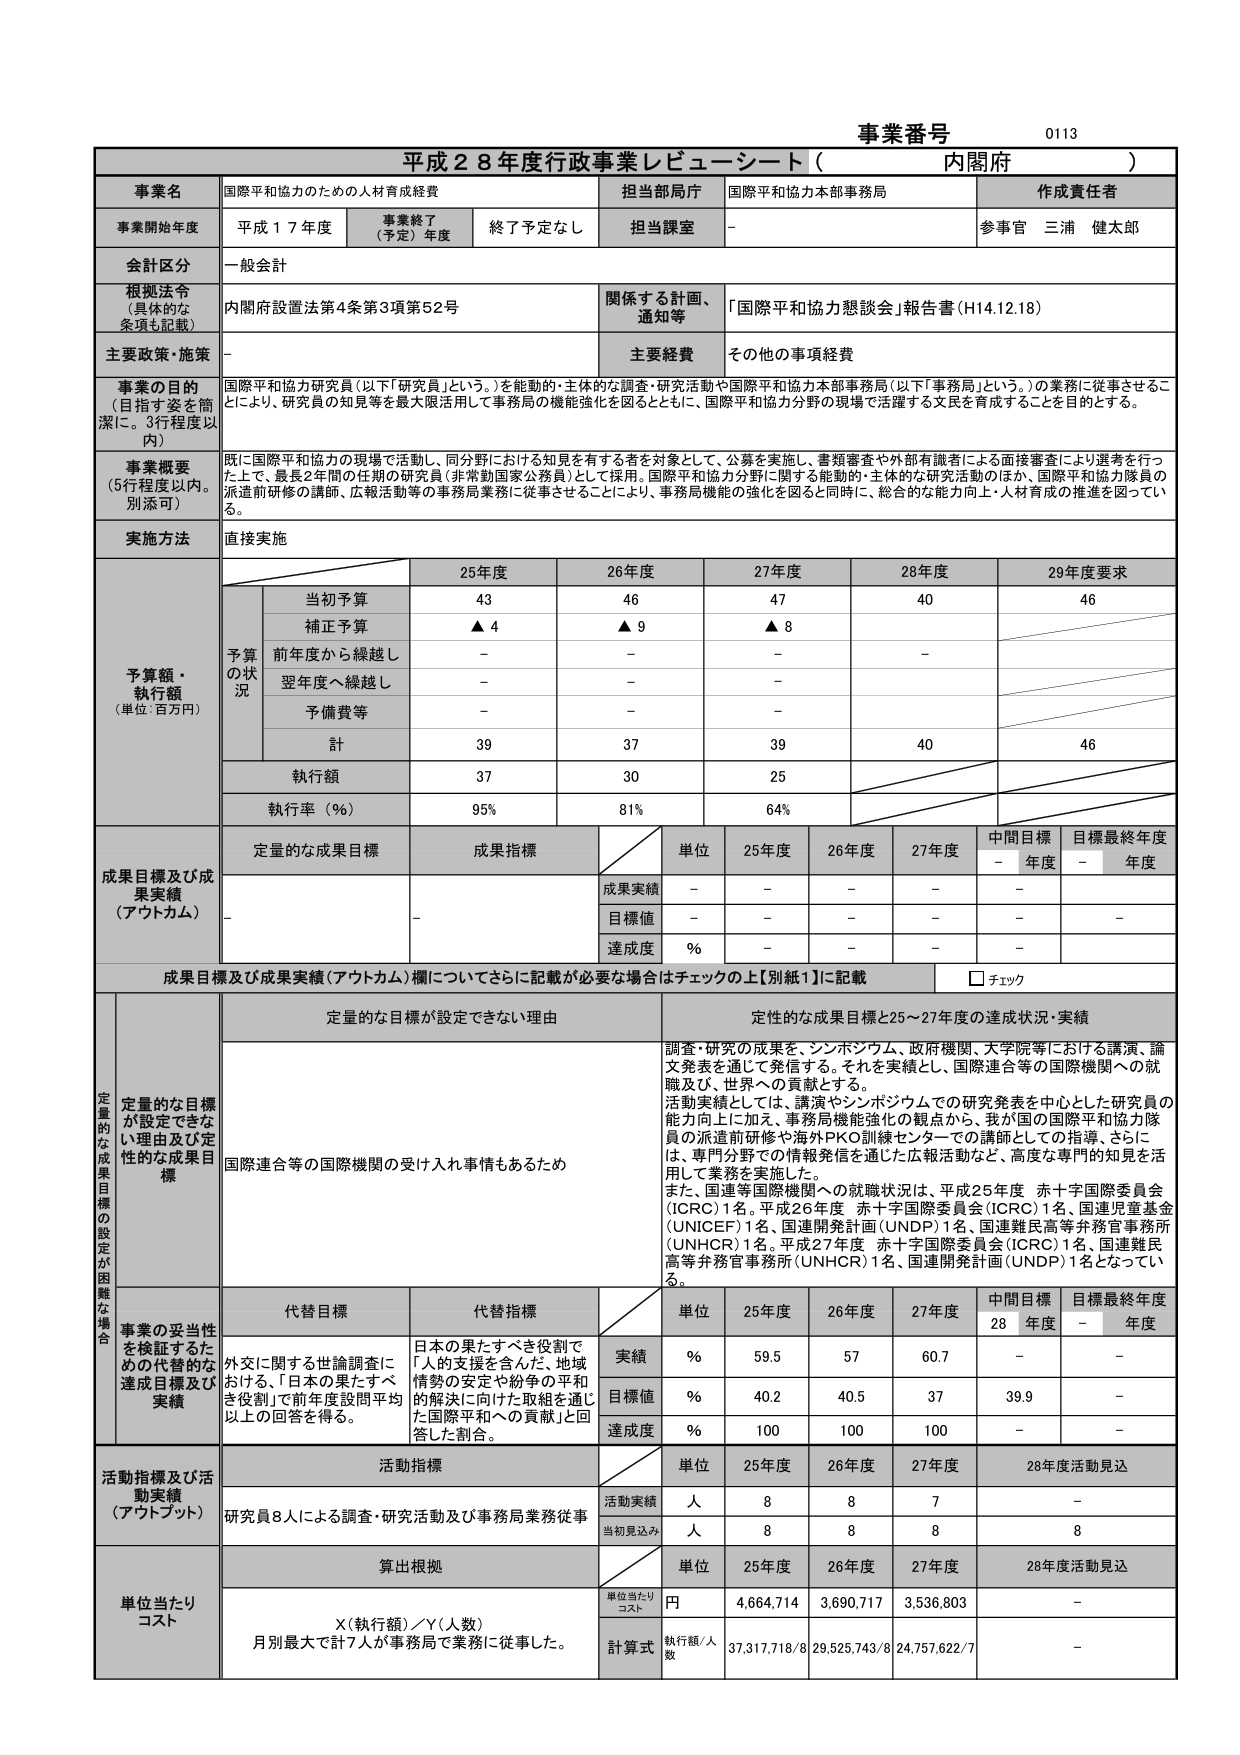
事業番号 0113
平成28年度行政事業レビューシート（内閣府）

事業名 国際平和協力のための人材育成経費
担当部局庁 国際平和協力本部事務局
作成責任者 参事官 三浦 健太郎

事業開始年度 平成17年度
事業終了（予定）年度 終了予定なし
担当課室 －

会計区分 一般会計

根拠法令（具体的な条項も記載） 内閣府設置法第4条第3項第52号
関係する計画、通知等 「国際平和協力懇談会」報告書（H14.12.18）

主要政策・施策 －
主要経費 その他の事項経費

事業の目的（目指す姿を簡潔に。3行程度以内）
国際平和協力研究員（以下「研究員」という。）を能動的・主体的な調査・研究活動や国際平和協力本部事務局（以下「事務局」という。）の業務に従事させることにより、研究員の知見等を最大限活用して事務局の機能強化を図るとともに、国際平和協力分野の現場で活躍する人材を育成することを目的とする。

事業概要（5行程度以内。別添可）
既に国際平和協力の現場で活動し、同分野における知見を有する者を対象として、公募を実施し、書類審査や外部有識者による面接審査により選考を行った上で、最長2年間の任期の研究員（非常勤国家公務員）として採用。国際平和協力分野に関する能動的・主体的な研究活動のほか、国際平和協力隊員の派遣前研修の講師、広報活動等の事務局業務に従事させることにより、事務局機能の強化を図ると同時に、総合的な能力向上・人材育成の推進を図っている。

実施方法 直接実施

予算額・執行額（単位：百万円）
予算の状況
25年度 26年度 27年度 28年度 29年度要求
当初予算 43 46 47 40 46
補正予算 ▲4 ▲9 ▲8
前年度から繰越し － － － －
翌年度へ繰越し － － －
予備費等 － － －
計 39 37 39 40 46
執行額 37 30 25
執行率（％） 95% 81% 64%

成果目標及び成果実績（アウトカム）
定量的な成果目標 成果指標
単位 25年度 26年度 27年度 中間目標 年度 目標最終年度 年度
成果実績 － － － － －
目標値 － － － － －
達成度 ％ － － － －

成果目標及び成果実績（アウトカム）欄についてさらに記載が必要な場合はチェックの上【別紙1】に記載
□ チェック

定量的な目標が設定できない理由
国際連合等の国際機関の受け入れ事情もあるため
定性的な成果目標と25～27年度の達成状況・実績
調査・研究の成果を、シンポジウム、政府機関、大学院等における講演、論文発表を通じて発信する。それを実績とし、国際連合等の国際機関への就職及び、世界への貢献とする。
活動実績としては、講演やシンポジウムでの研究発表を中心とした研究員の能力向上に加え、事務局機能強化の観点から、我が国の国際平和協力隊員の派遣前研修や海外PKO訓練センターでの講師としての指導、さらには、専門分野での情報発信を通じた広報活動など、高度な専門的知見を活用して業務を実施した。
また、国連等国際機関への就職状況は、平成25年度 赤十字国際委員会（ICRC）1名。平成26年度 赤十字国際委員会（ICRC）1名、国連児童基金（UNICEF）1名、国連開発計画（UNDP）1名、国連難民高等弁務官事務所（UNHCR）1名。平成27年度 赤十字国際委員会（ICRC）1名、国連難民高等弁務官事務所（UNHCR）1名、国連開発計画（UNDP）1名となっている。

事業の妥当性を検証するための代替的な達成目標及び実績
代替目標 代替指標
単位 25年度 26年度 27年度 中間目標28年度 目標最終年度 年度
実績 ％ 59.5 57 60.7 － －
目標値 ％ 40.2 40.5 37 39.9 －
達成度 ％ 100 100 100 － －

活動指標及び活動実績（アウトプット）
活動指標
単位 25年度 26年度 27年度 28年度活動見込
活動実績 人 8 8 7 －
当初見込み 人 8 8 8 8

単位当たりコスト
算出根拠
単位当たりコスト 円 4,664,714 3,690,717 3,536,803 －
計算式 執行額/人数 37,317,718/8 29,525,743/8 24,757,622/7 －

X（執行額）／Y（人数）
月別最大で計7人が事務局で業務に従事した。

外交に関する世論調査における、「日本の果たすべき役割」で前年度設問平均以上の回答を得る。
日本の果たすべき役割で「人の支援を含んだ、地域情勢の安定や紛争の平和的解決に向けた取組を通じた国際平和への貢献」と回答した割合。